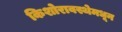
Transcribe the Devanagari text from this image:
किशोरावस्थेमधून